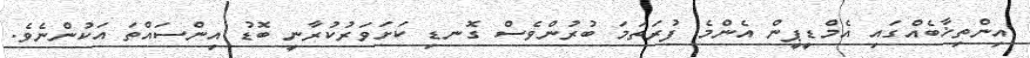
އިންތިޚާބެއްގައި އެމްޑީޕީން އެންމެ ފުރަތަމަ ބުރުންވެސް ގޮނޑި ކަށަވަރުކުރާނީ ބޮޑު އިންސައްތަ އަކުންނެވެ.